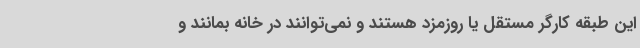
این طبقه کارگر مستقل یا روزمزد هستند و نمی‌توانند در خانه بمانند و